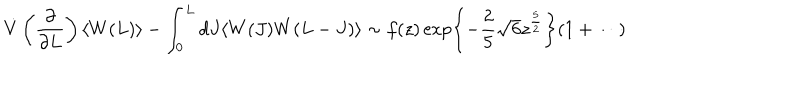
LaTeX: \dot { V } \left( \frac { \partial } { \partial L } \right) \langle W ( L ) \rangle - \int _ { 0 } ^ { L } d J \langle W ( J ) W ( L - J ) \rangle \sim f ( z ) \exp \left\{ - \frac { 2 } { 5 } \sqrt { 6 } z ^ { \frac { 5 } { 2 } } \right\} ( 1 + \cdots )